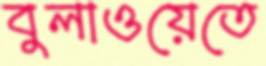
বুলাওয়েতে